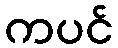
ကပင်